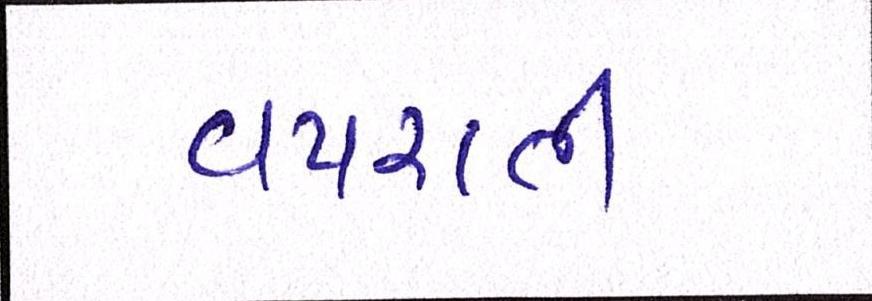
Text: વપરાતી